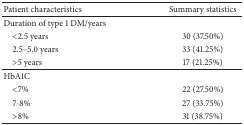
<table><thead><tr><td><b>Patient characteristics</b></td><td><b>Summary statistics </b></td></tr></thead><tbody><tr><td>Duration of type 1 DM/years</td><td> </td></tr><tr><td> &lt;2.5 years</td><td>30 (37.50%)</td></tr><tr><td> 2.5–5.0 years</td><td>33 (41.25%)</td></tr><tr><td> &gt;5 years</td><td>17 (21.25%)</td></tr><tr><td>HbA1C</td><td> </td></tr><tr><td> &lt;7%</td><td>22 (27.50%)</td></tr><tr><td> 7-8%</td><td>27 (33.75%)</td></tr><tr><td> &gt;8%</td><td>31 (38.75%)</td></tr></tbody></table>